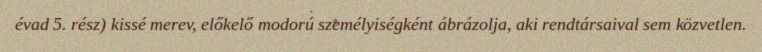
évad 5. rész) kissé merev, előkelő modorú személyiségként ábrázolja, aki rendtársaival sem közvetlen.